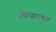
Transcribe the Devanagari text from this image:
किरुलकर